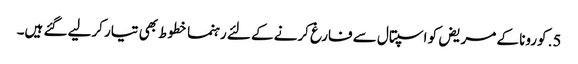
5. کورونا کے مریض کو اسپتال سے فارغ کرنے کے لئے رہنما خطوط بھی تیار کرلیے گئے ہیں۔